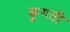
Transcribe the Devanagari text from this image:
कुगती